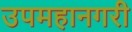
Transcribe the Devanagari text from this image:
उपमहानगरी